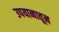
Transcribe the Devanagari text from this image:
उपयानातून